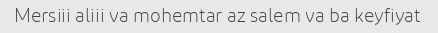
Mersiii aliii va mohemtar az salem va ba keyfiyat